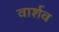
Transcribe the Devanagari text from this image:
वार्शव